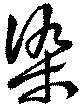
染